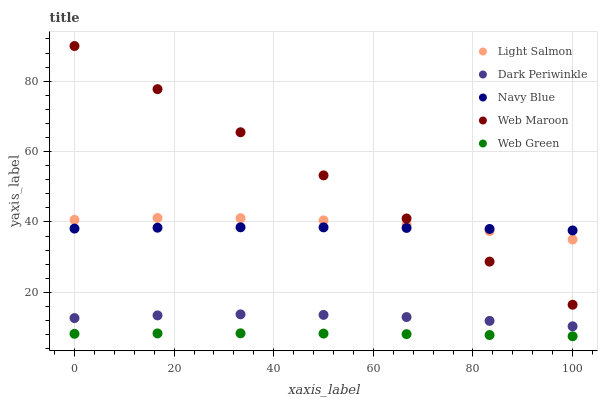
| xaxis_label | Light Salmon | Dark Periwinkle | Navy Blue | Web Maroon | Web Green |
 | --- | --- | --- | --- | --- | --- |
 | 0 | 40.6 | 12.7 | 38.1 | 90 | 8.23 |
 | 16.7 | 41.1 | 13.5 | 38.4 | 77.7 | 8.34 |
 | 33.3 | 41.1 | 13.8 | 38.5 | 65.5 | 8.36 |
 | 50 | 40.5 | 13.6 | 38.5 | 53.2 | 8.29 |
 | 66.7 | 39.2 | 13 | 38.3 | 41 | 8.13 |
 | 83.3 | 37.4 | 11.9 | 38 | 28.7 | 7.88 |
 | 100 | 35 | 10.4 | 37.6 | 16.5 | 7.53 |